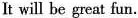
It will be great fun.